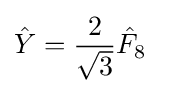
{\hat {Y}}={\frac {2}{\sqrt {3}}}{\hat {F}}_{8}~